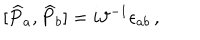
LaTeX: \lbrack \widehat { P } _ { a } , \widehat { P } _ { b } ] = i \vartheta ^ { - 1 } \epsilon _ { a b } \, ,